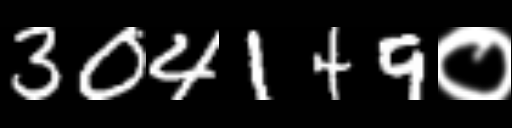
Text: 304149०